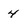
Character: 4